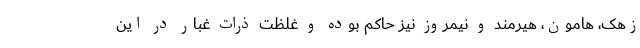
زهک، هامون، هیرمند و نیمروز نیز حاکم بوده و غلظت ذرات غبار در این